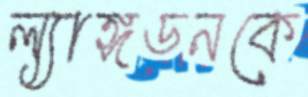
ল্যাঙ্গডনকে